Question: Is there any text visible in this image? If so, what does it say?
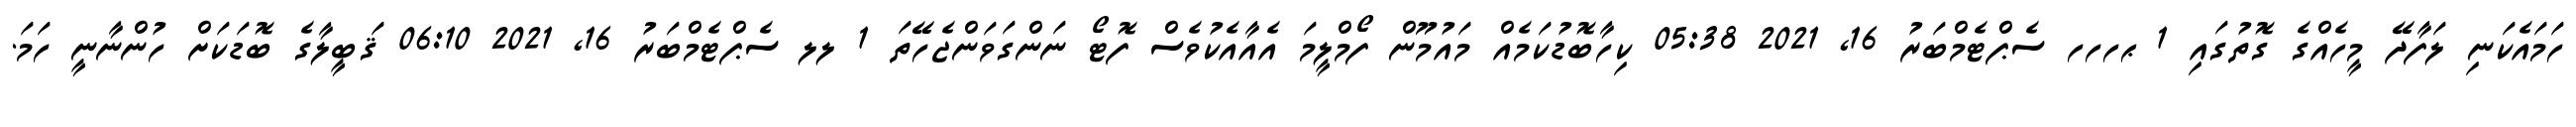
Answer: ހަމައެކަނި ލަފާދޭ މީހެއްގެ ގޮތުގައި 1 ޙހހހ ސެޕްޓެމްބަރު 16, 2021 05:38 ކިހާބޮޑުކަމެއް މައުމޫން ފޯމްލީމަ އެއާއެކުވެސް ފޮޓޯ ނަންގަވަންޖެހޭތަ 1 ލލ ސެޕްޓެމްބަރު 16, 2021 06:10 ޤަބީލާގެ ބޮޑަކަށް ހުންނާނީ ހަމަ.